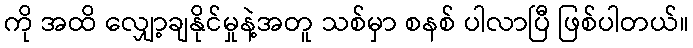
ကို အထိ လျှော့ချနိုင်မှုနဲ့အတူ သစ်မှာ စနစ် ပါလာပြီ ဖြစ်ပါတယ်။